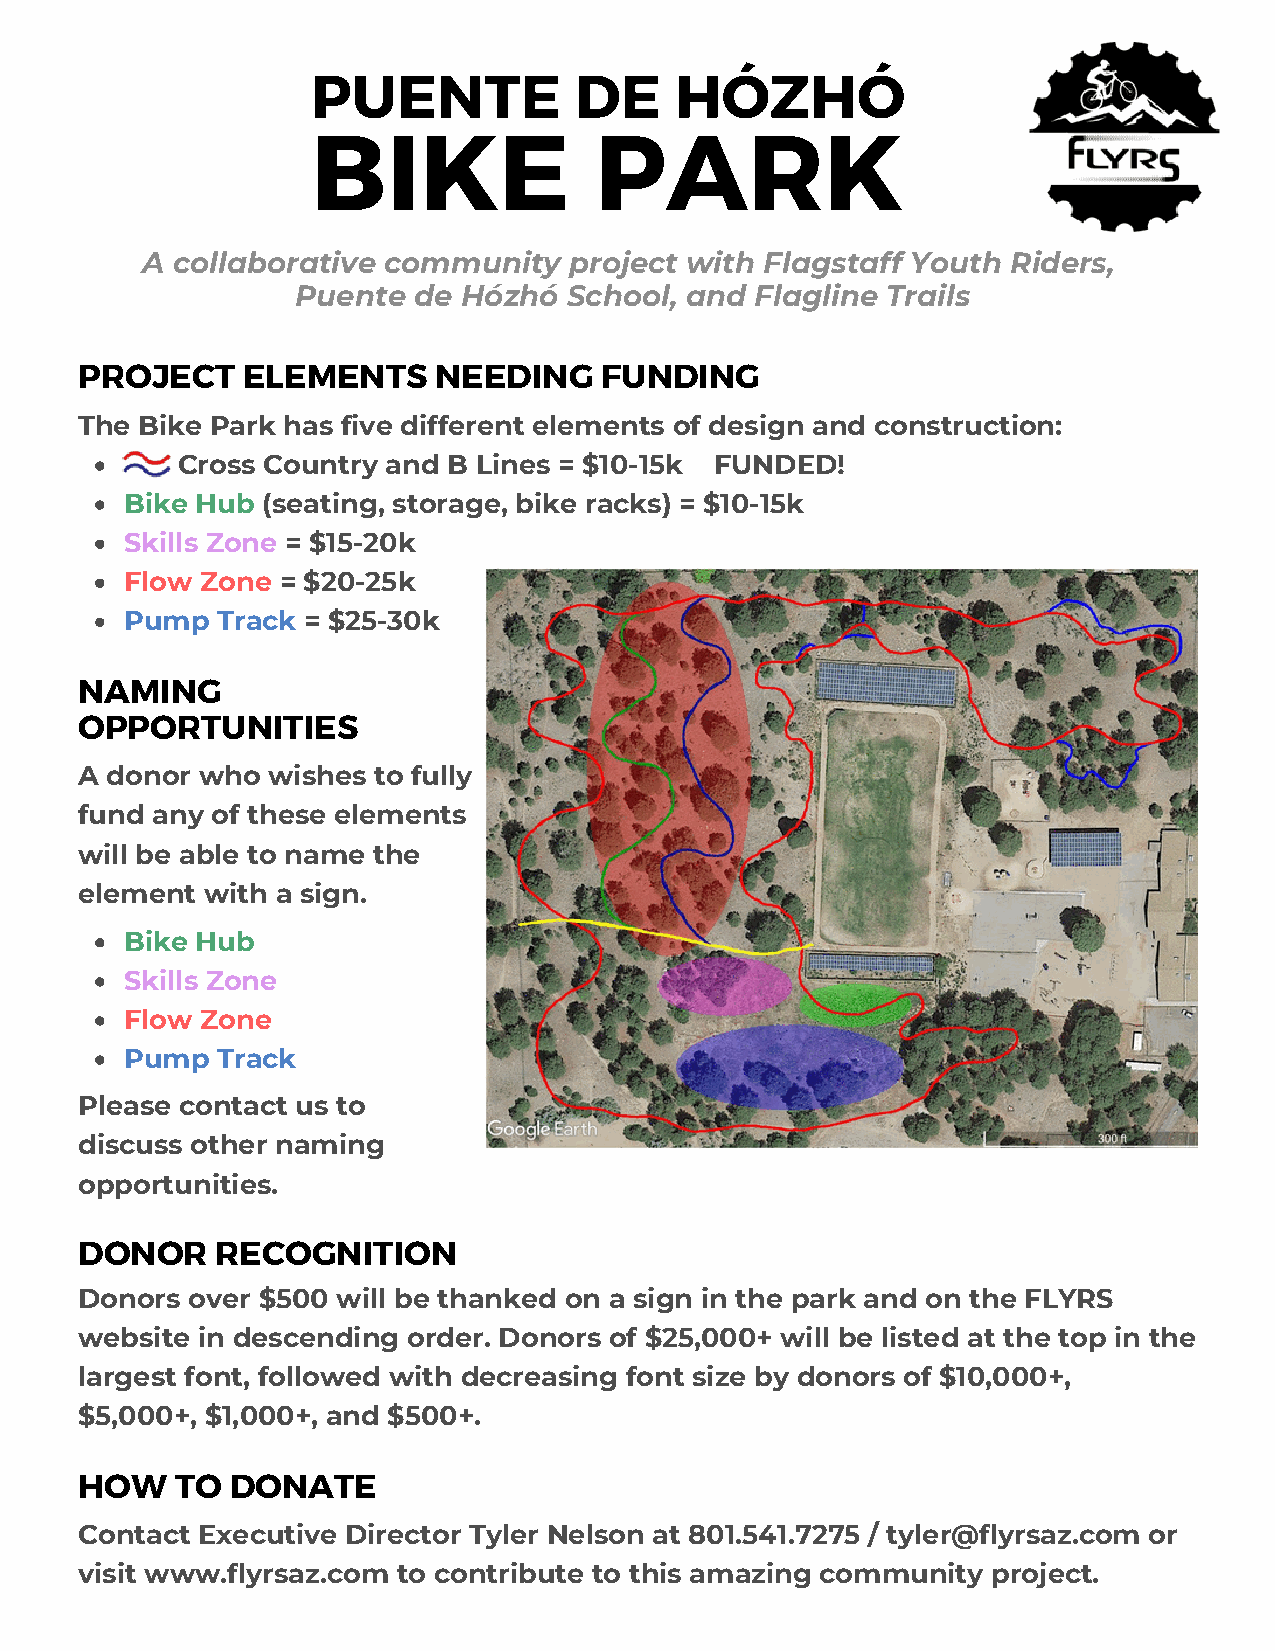
PUENTE           DE     HÓZHÓ
 BIKE              PARK
 A collaborative community    project with Flagstaff Youth Riders,
 Puente de  Hózhó  School, and Flagline Trails
 PROJECT    ELEMENTS     NEEDING    FUNDING
 The Bike Park has five different elements of design and construction:
 Cross Country and B Lines = $10-15k FUNDED!
 Bike Hub (seating, storage, bike racks) = $10-15k
 Skills Zone = $15-20k
 Flow Zone  = $20-25k
 Pump  Track = $25-30k
 NAMING
 OPPORTUNITIES
 A donor who  wishes to fully
 fund any of these elements
 will be able to name the
 element with a sign.
 Bike Hub
 Skills Zone
 Flow Zone
 Pump  Track
 Please contact us to
 discuss other naming
 opportunities.
 DONOR    RECOGNITION
 Donors over $500 will be thanked on a sign in the park and on the FLYRS
 website in descending order. Donors of $25,000+ will be listed at the top in the
 largest font, followed with decreasing font size by donors of $10,000+,
 $5,000+, $1,000+, and $500+.
 HOW    TO DONATE
 Contact Executive Director Tyler Nelson at 801.541.7275 / tyler@flyrsaz.com or
 visit www.flyrsaz.com to contribute to this amazing community project.